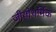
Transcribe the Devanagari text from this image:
जीयोथर्मिक